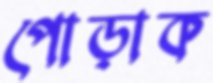
পোড়াক